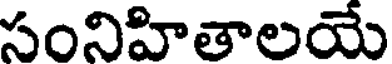
సంనిహితాలయే